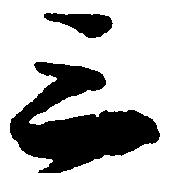
三